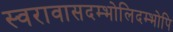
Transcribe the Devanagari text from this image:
स्वरावासदम्भोलिदम्भोपि